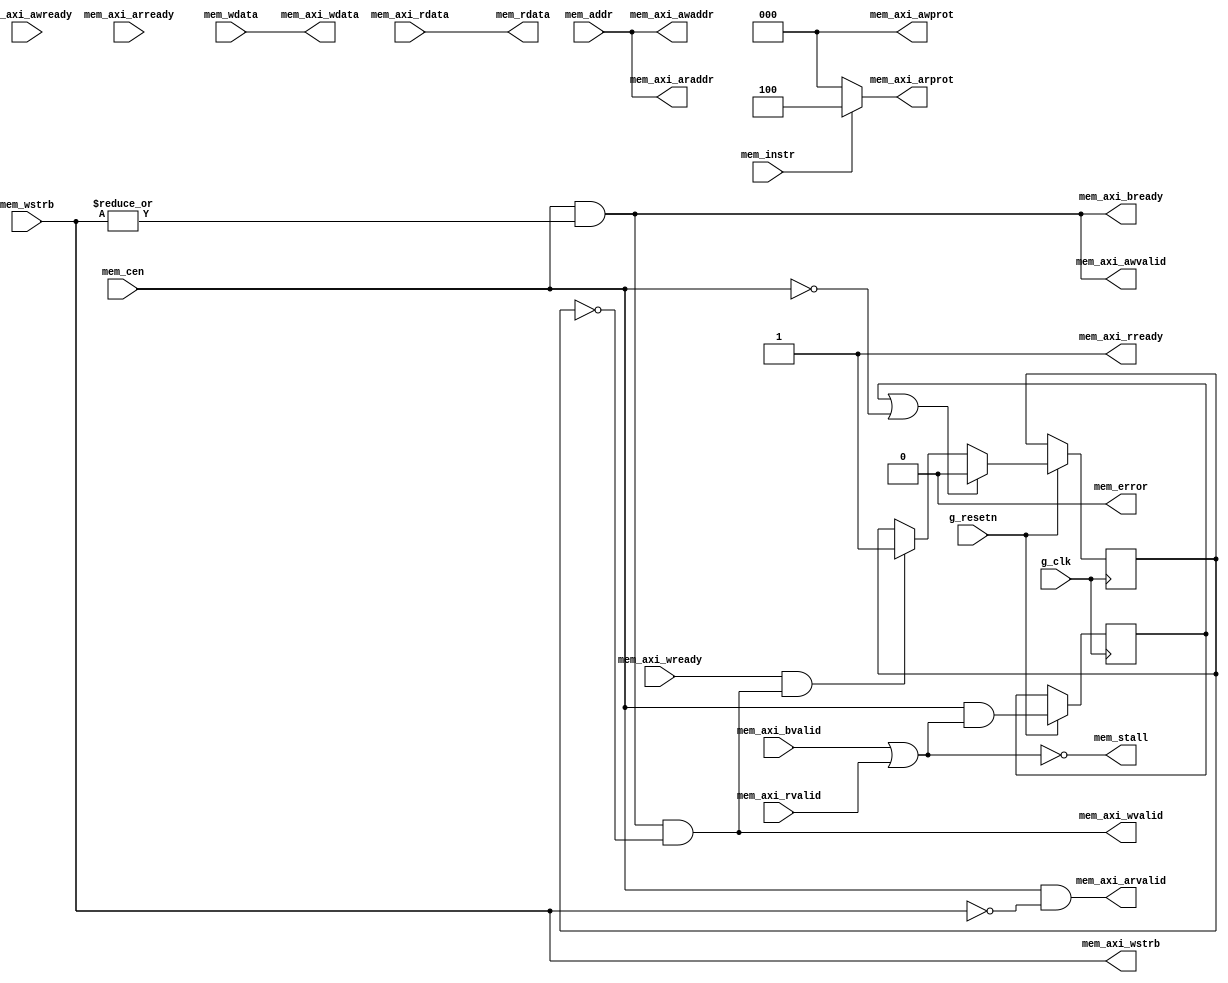

//
// module: sram_axi_adapter
//
// Module adapted from The picoRV32 AXI adapter to allow
// back to back read/write address channel requests and bus fault
// propagation.
//
module sram_axi_adapter (
input        g_clk              ,
input        g_resetn           ,

// AXI4-lite master memory interface

output        mem_axi_awvalid   ,
input         mem_axi_awready   ,
output [31:0] mem_axi_awaddr    ,
output [ 2:0] mem_axi_awprot    ,

output        mem_axi_wvalid    ,
input         mem_axi_wready    ,
output [31:0] mem_axi_wdata     ,
output [ 3:0] mem_axi_wstrb     ,

input         mem_axi_bvalid    ,
output        mem_axi_bready    ,

output        mem_axi_arvalid   ,
input         mem_axi_arready   ,
output [31:0] mem_axi_araddr    ,
output [ 2:0] mem_axi_arprot    ,

input         mem_axi_rvalid    ,
output        mem_axi_rready    ,
input  [31:0] mem_axi_rdata     ,

input         mem_instr         , // Is this an instruction fetch?
input         mem_cen           ,
output        mem_stall         ,
output        mem_error         ,
input  [31:0] mem_addr          ,
input  [31:0] mem_wdata         ,
input  [ 3:0] mem_wstrb         ,
output [31:0] mem_rdata
);
	reg ack_awvalid;
	reg ack_arvalid;
	reg ack_wvalid;
	reg xfer_done;

	assign mem_axi_awvalid = mem_cen && |mem_wstrb;
	assign mem_axi_awaddr = mem_addr;
	assign mem_axi_awprot = 0;

	assign mem_axi_arvalid = mem_cen && !mem_wstrb;
	assign mem_axi_araddr = mem_addr;
	assign mem_axi_arprot = mem_instr ? 3'b100 : 3'b000;

	assign mem_axi_wvalid = mem_cen && |mem_wstrb && !ack_wvalid;
	assign mem_axi_wdata = mem_wdata;
	assign mem_axi_wstrb = mem_wstrb;

	wire   mem_ready = mem_axi_bvalid || mem_axi_rvalid;
    assign mem_stall = !mem_ready;
	assign mem_axi_bready = mem_cen && |mem_wstrb;
    // Always accept read responses immediately.
	assign mem_axi_rready = 1'b1;
	assign mem_rdata = mem_axi_rdata;
    
    // TODO: implement this.
    assign mem_error = 1'b0;

	always @(posedge g_clk) begin
		if (!g_resetn) begin
			ack_awvalid <= 0;
		end else begin
			xfer_done <= mem_cen && mem_ready;
			if (mem_axi_awready && mem_axi_awvalid)
				ack_awvalid <= 1;
			if (mem_axi_arready && mem_axi_arvalid)
				ack_arvalid <= 1;
			if (mem_axi_wready && mem_axi_wvalid)
				ack_wvalid <= 1;
			if (xfer_done || !mem_cen) begin
				ack_awvalid <= 0;
				ack_arvalid <= 0;
				ack_wvalid <= 0;
			end
		end
	end
endmodule